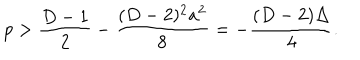
p > { \frac { D - 1 } { 2 } } - { \frac { ( D - 2 ) ^ { 2 } a ^ { 2 } } { 8 } } = - { \frac { ( D - 2 ) \Delta } { 4 } } .